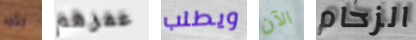
الأمر عمرهم ويطلب الآن الزحام